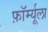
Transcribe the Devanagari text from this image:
फ़ॉर्म्यूला